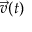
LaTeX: { \vec { v } } ( t )